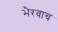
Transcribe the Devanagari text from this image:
भैरवाच